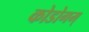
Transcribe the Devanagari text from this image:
कोडोगम्